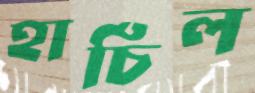
হার্চিল